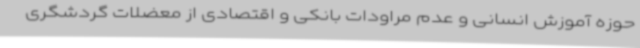
حوزه آموزش انسانی و عدم مراودات بانکی و اقتصادی از معضلات گردشگری